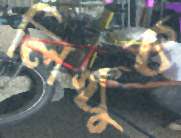
লিখুক